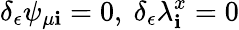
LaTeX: \delta_{\epsilon}\psi_{\mu\mathbf{i}}=0,\ \delta_{\epsilon}\lambda_{\mathbf{i}}^{x}=0